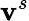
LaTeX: \mathbf{v}^{s}